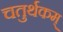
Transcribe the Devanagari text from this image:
चतुर्थकम्